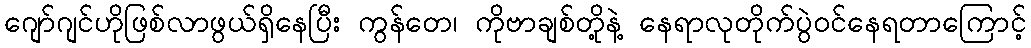
ဂျော်ဂျင်ဟိုဖြစ်လာဖွယ်ရှိနေပြီး ကွန်တေ၊ ကိုဗာချစ်တို့နဲ့ နေရာလုတိုက်ပွဲဝင်နေရတာကြောင့်